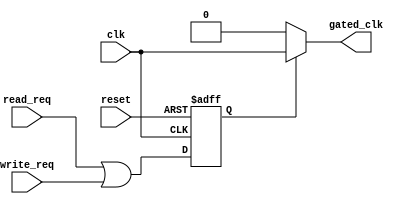
module clock_gating_control (
    input wire clk,                   // Main clock input
    input wire reset,                 // Reset signal
    input wire read_req,              // Read request signal
    input wire write_req,             // Write request signal
    output wire gated_clk             // Gated clock output
);
    reg enable;                       // Clock enable signal

    // Clock Gating Control Logic
    always @(posedge clk or posedge reset) begin
        if (reset) begin
            enable <= 1'b0;          // Disable clock gating on reset
        end else begin
            // Enable the clock when there is a read or write request
            enable <= read_req || write_req;
        end
    end

    // Clock Gating Cell (AND gate)
    assign gated_clk = enable ? clk : 1'b0; // Gated clock output

endmodule